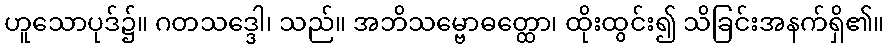
ဟူသောပုဒ်၌။ ဂတသဒ္ဒေါ၊ သည်။ အဘိသမ္ဗောဓတ္ထော၊ ထိုးထွင်း၍ သိခြင်းအနက်ရှိ၏။